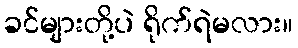
ခင်များတို့ပဲ ရိုက်ရဲမလား။